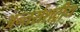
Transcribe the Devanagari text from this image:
अन्तर्राशट्रीय